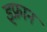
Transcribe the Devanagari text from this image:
इफ्रान